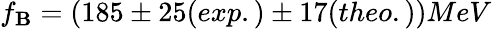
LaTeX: f_{\mathbf{B}}=(185\pm25(exp.)\pm17(theo.))MeV